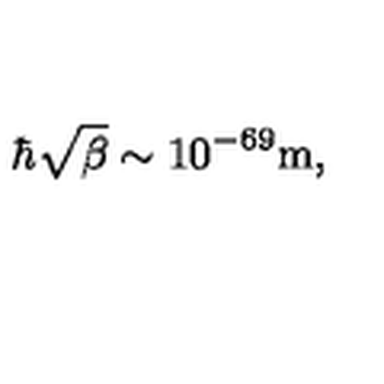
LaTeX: \hbar \sqrt { \beta } \sim 1 0 ^ { - 6 9 } \mathrm { m } ,